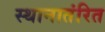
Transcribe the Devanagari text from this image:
स्थानातंरित